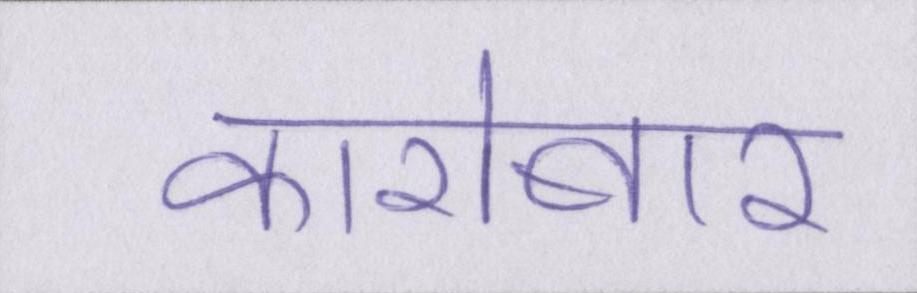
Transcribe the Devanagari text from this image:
कारोबार